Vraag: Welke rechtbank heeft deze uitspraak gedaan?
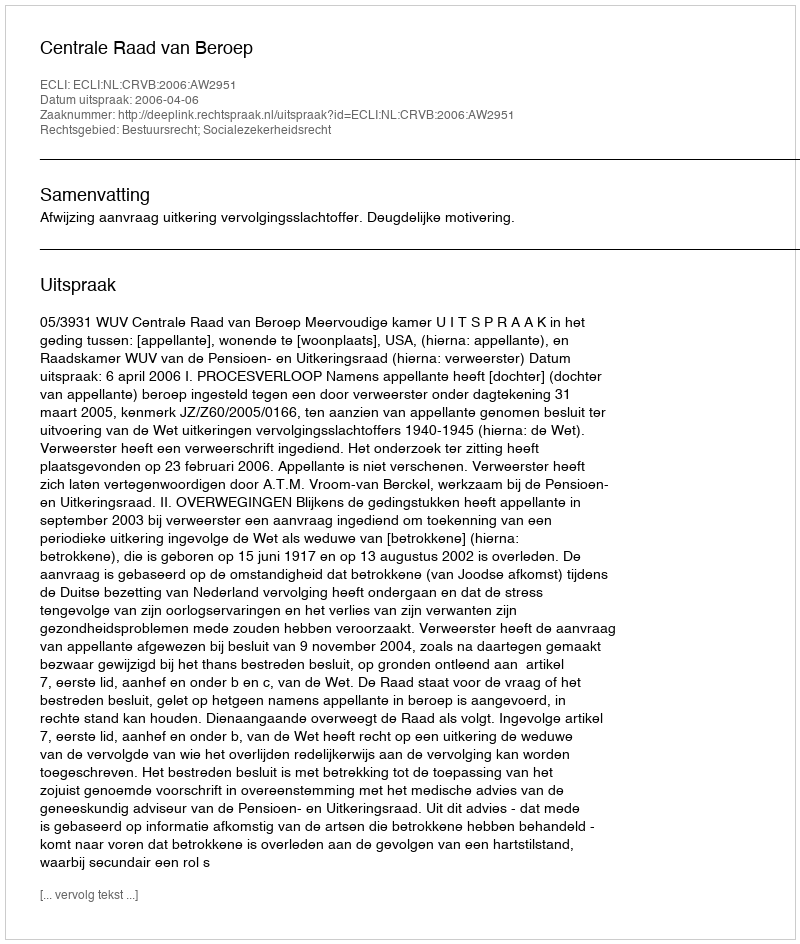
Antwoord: Centrale Raad van Beroep